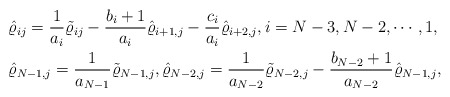
\begin{align*}&\hat \varrho_{ij}=\frac 1 {a_i} \tilde \varrho_{ij}-\frac {b_i+1} {a_i} \hat \varrho_{i+1,j} -\frac {c_i} {a_i} \hat \varrho_{i+2,j}, i=N-3,N-2,\cdots, 1,\\&\hat \varrho_{N-1,j} = \frac 1 {a_{N-1}} \tilde \varrho_{N-1,j},\hat \varrho_{N-2,j}=\frac 1 {a_{N-2}} \tilde \varrho_{N-2,j}-\frac {b_{N-2}+1} {a_{N-2}} \hat \varrho_{N-1,j},\end{align*}